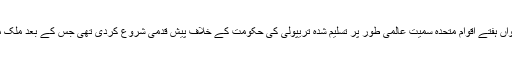
لیبیا کی نیشنل آرمی کے سربراہ جنرل خلیفہ حفتر کی جانب سے رواں ہفتے اقوام متحدہ سمیت عالمی طور پر تسلیم شدہ تریپولی کی حکومت کے خلاف پیش قدمی شروع کردی تھی جس کے بعد ملک میں ایک مرتبہ پھر خانہ جنگی شروع ہونے کا خدشہ پیدا ہوگیا ہے۔